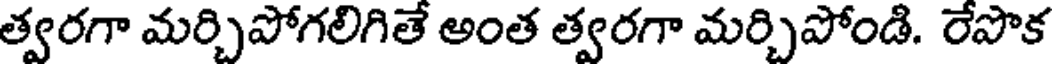
త్వరగా మర్చిపోగలిగితే అంత త్వరగా మర్చిపోండి. రేపొక